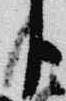
臣